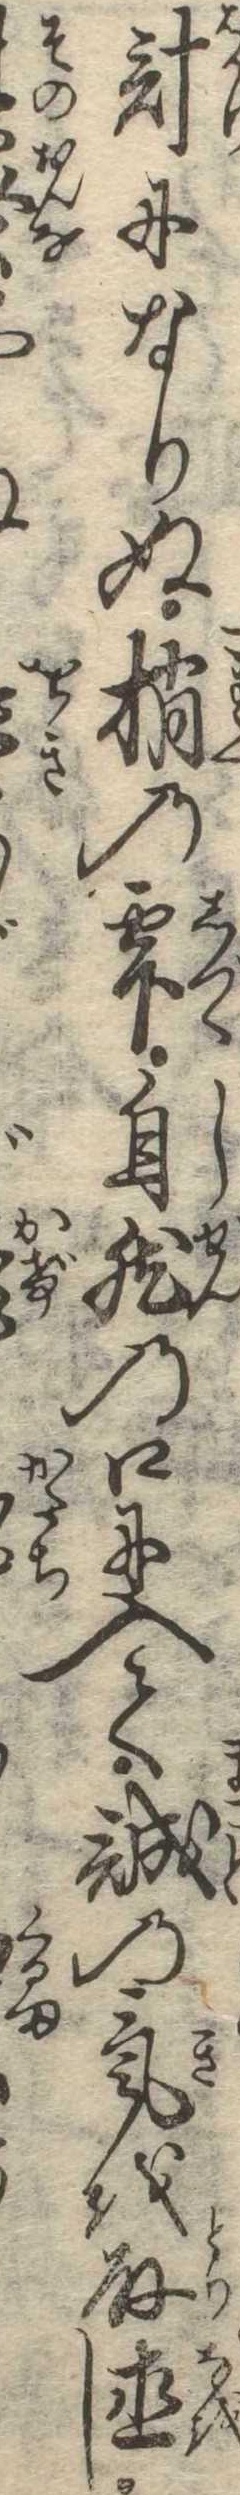
計になりぬ梢の雫自然の口に入て誠の気を取直し